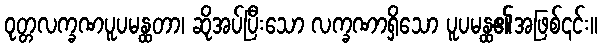
ဝုတ္တလက္ခဏပူပမန္ထတာ၊ ဆိုအပ်ပြီးသော လက္ခဏာရှိသော ပူပမန္ထ၏အဖြစ်၎င်း။